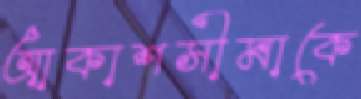
আকাশসীমাকে